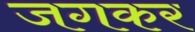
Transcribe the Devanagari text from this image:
जगकर